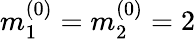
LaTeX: m_{1}^{(0)}=m_{2}^{(0)}=2